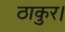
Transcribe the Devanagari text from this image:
ठाकुर।